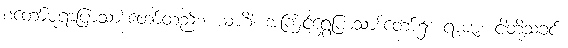
စံတော်မူရာပြာသာဒ်တော်တည်း။ ယဟိံ၊ အကြင်ရွှေပြာသာဒ်တော်၌။ ရာဇာ၊ ငါတို့သခင်